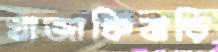
খাজাঞ্চিবাড়ি